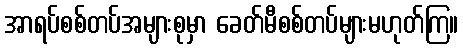
အာရပ်စစ်တပ်အများစုမှာ ခေတ်မီစစ်တပ်များမဟုတ်ကြ။